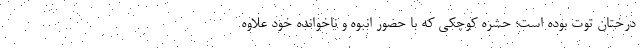
درختان توت بوده است؛ حشره کوچکی که با حضور انبوه و ناخوانده خود علاوه